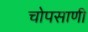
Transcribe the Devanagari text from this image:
चोपसाणी